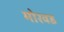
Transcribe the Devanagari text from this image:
मोरवड